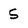
Character: S